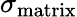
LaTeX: \sigma_{\textup{matrix}}